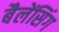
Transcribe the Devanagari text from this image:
बैलेंसिंग